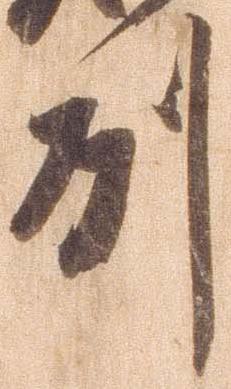
州